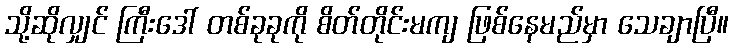
သို့ဆိုလျှင် ကြီးဒေါ် တစ်ခုခုကို စိတ်တိုင်းမကျ ဖြစ်နေမည်မှာ သေချာပြီ။